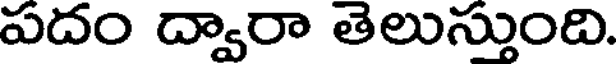
పదం ద్వారా తెలుస్తుంది.